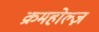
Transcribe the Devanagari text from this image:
क्रमहोल्ज़